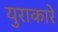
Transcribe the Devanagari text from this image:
युराकारे